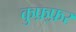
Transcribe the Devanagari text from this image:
कुफ़्फ़र